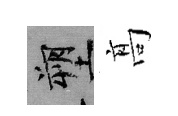
塑髙